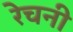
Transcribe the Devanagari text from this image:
रेचनी